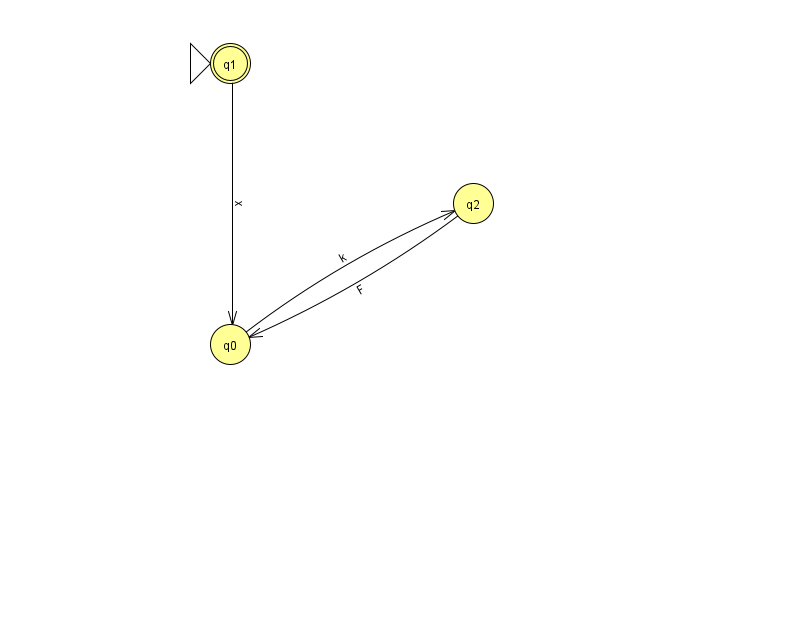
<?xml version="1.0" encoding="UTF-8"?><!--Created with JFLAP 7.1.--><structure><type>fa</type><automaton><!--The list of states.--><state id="0" name="q0"><x>230.0</x><y>331.0</y></state><state id="1" name="q1"><x>230.0</x><y>50.0</y><initial/><final/></state><state id="2" name="q2"><x>473.0</x><y>190.0</y></state><!--The list of transitions.--><transition><from>0</from><to>2</to><read>k</read></transition><transition><from>1</from><to>0</to><read>x</read></transition><transition><from>2</from><to>0</to><read>F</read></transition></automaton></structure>